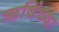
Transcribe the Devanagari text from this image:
ऋषिंच्या